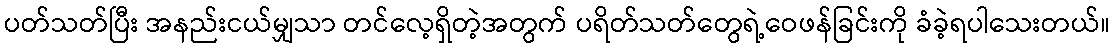
ပတ်သတ်ပြီး အနည်းငယ်မျှသာ တင်လေ့ရှိတဲ့အတွက် ပရိတ်သတ်တွေရဲ့ဝေဖန်ခြင်းကို ခံခဲ့ရပါသေးတယ်။